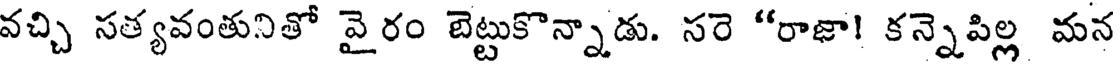
వచ్చి సత్యవంతునితో వైరం బెట్టుకొన్నాడు. సరె "రాజా! కన్నెపిల్ల మన